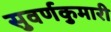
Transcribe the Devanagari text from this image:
सुवर्णकुमारी